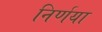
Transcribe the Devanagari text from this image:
निर्णया